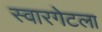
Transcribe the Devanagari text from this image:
स्वारगेटला